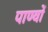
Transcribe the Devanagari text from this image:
पाण्वों